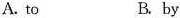
A.to B.by